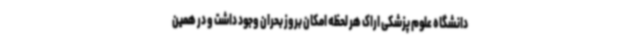
دانشگاه علوم پزشکی اراک هر لحظه امکان بروز بحران وجود داشت و در همین